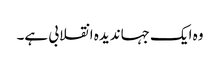
وہ ایک جہاندیدہ انقلابی ہے۔